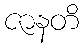
ဇာနတိ